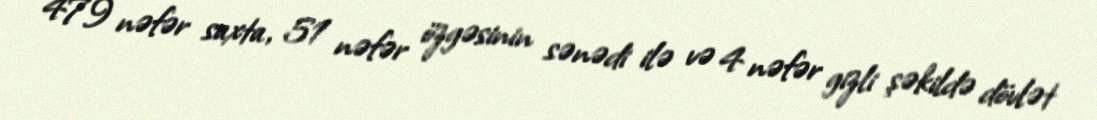
479 nəfər saxta, 51 nəfər özgəsinin sənədi ilə və 4 nəfər gizli şəkildə dövlət